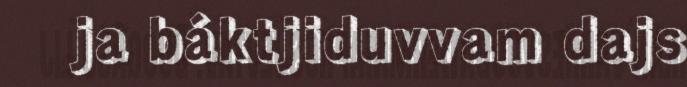
ja báktjiduvvam dajs